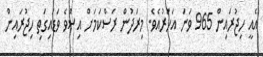
އެއީ ހިޖުރައިން 965 ވަނަ އަހަރުއެވެ. މިރަދުން ރަސްކަމަށް އިސްވެ ވަޑައިގަތި ހިޖުރައިން